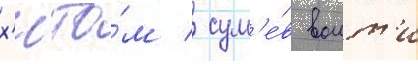
х'ито́м / сум'е́в воит'и